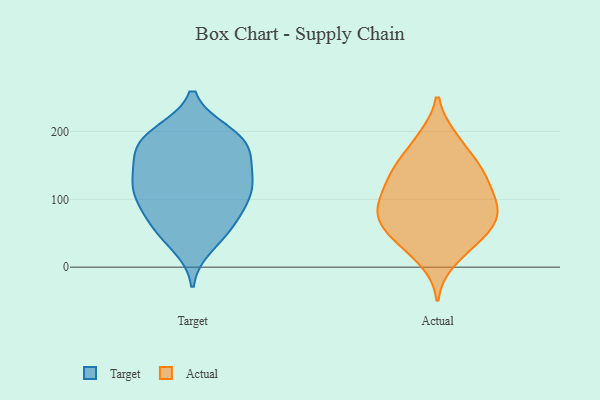
{"axis": {"x": "Tickets Resolved", "y": "Value"}, "legend": ["Actual", "Target"], "data": [{"x": "", "y": 117, "type": "Target"}, {"x": "", "y": 95, "type": "Target"}, {"x": "", "y": 117, "type": "Target"}, {"x": "", "y": 60, "type": "Target"}, {"x": "", "y": 82, "type": "Target"}, {"x": "", "y": 113, "type": "Target"}, {"x": "", "y": 125, "type": "Target"}, {"x": "", "y": 164, "type": "Target"}, {"x": "", "y": 185, "type": "Target"}, {"x": "", "y": 148, "type": "Target"}, {"x": "", "y": 51, "type": "Target"}, {"x": "", "y": 144, "type": "Target"}, {"x": "", "y": 103, "type": "Target"}, {"x": "", "y": 189, "type": "Target"}, {"x": "", "y": 164, "type": "Target"}, {"x": "", "y": 32, "type": "Target"}, {"x": "", "y": 61, "type": "Target"}, {"x": "", "y": 196, "type": "Target"}, {"x": "", "y": 198, "type": "Target"}, {"x": "", "y": 188, "type": "Target"}, {"x": "", "y": 64, "type": "Actual"}, {"x": "", "y": 101, "type": "Actual"}, {"x": "", "y": 35, "type": "Actual"}, {"x": "", "y": 147, "type": "Actual"}, {"x": "", "y": 134, "type": "Actual"}, {"x": "", "y": 11, "type": "Actual"}, {"x": "", "y": 104, "type": "Actual"}, {"x": "", "y": 84, "type": "Actual"}, {"x": "", "y": 188, "type": "Actual"}, {"x": "", "y": 51, "type": "Actual"}, {"x": "", "y": 84, "type": "Actual"}, {"x": "", "y": 91, "type": "Actual"}, {"x": "", "y": 60, "type": "Actual"}, {"x": "", "y": 136, "type": "Actual"}, {"x": "", "y": 38, "type": "Actual"}, {"x": "", "y": 78, "type": "Actual"}, {"x": "", "y": 153, "type": "Actual"}, {"x": "", "y": 135, "type": "Actual"}, {"x": "", "y": 190, "type": "Actual"}]}